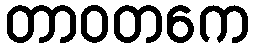
တာဝတကေ